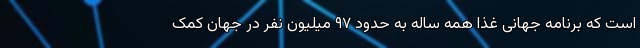
است که برنامه جهانی غذا همه ساله به حدود ۹۷ میلیون نفر در جهان کمک